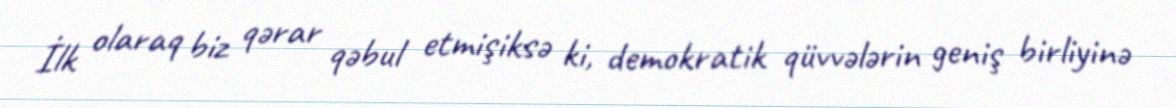
İlk olaraq biz qərar qəbul etmişiksə ki, demokratik qüvvələrin geniş birliyinə